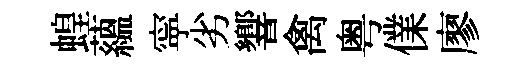
蝗藴寜劣響禽粤㒒廖